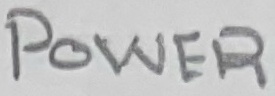
Text: POWER